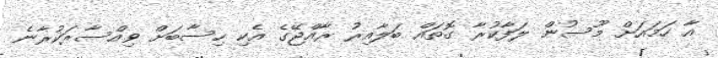
އާ ހަމައަށް މޫސުން ލަފާކުރާ ގޮތައް ބަލާއިރު ރާއްޖޭގެ އެކި ހިސާބަށް ވިއްސާރަކުރާނެ